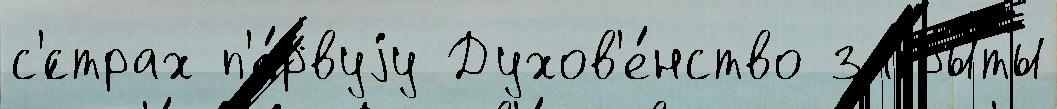
с'́страх п'е́рвуjу Духов'е́нство закры́ты